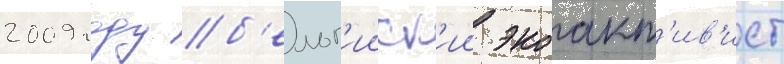
2009 году б'ельг'ииск'ии экоакт'ив'ист